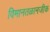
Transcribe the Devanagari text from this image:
विमानतळानजीक